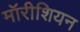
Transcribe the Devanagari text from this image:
मॉरीशियन